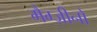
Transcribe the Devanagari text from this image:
मैग्ज़ीनो